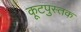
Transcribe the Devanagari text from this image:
कूटपुस्तक